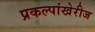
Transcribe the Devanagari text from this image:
प्रकल्पांखेरीज